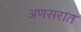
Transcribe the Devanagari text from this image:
अणसरात